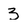
Character: z